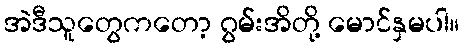
အဲဒီသူတွေကတော့ ဂွမ်းအိတို့ မောင်နှမပါ။